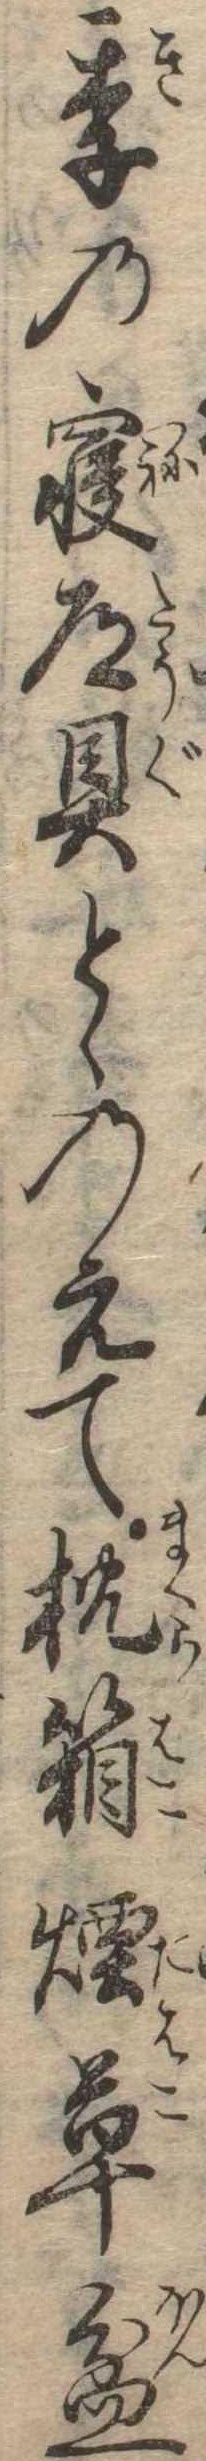
季の寝道具とゝのえて枕箱煙草盆